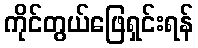
ကိုင်တွယ်ဖြေရှင်းရန်